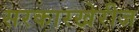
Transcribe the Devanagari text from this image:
सरकारखेरीज